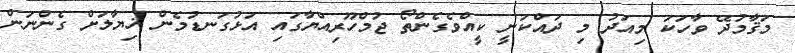
މަޤާމުދޭ ވާހަކަ މިއަދު މި ދައްކަނީ ކީއްވެގެންތޯ ޖުމްހޫރިއްޔާގައި އަޅުގަނޑުމެން ޚިޔާލަށް ގެންނަން